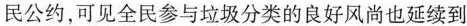
民公约，可见全民参与垃圾分类的良好风尚也延续到